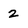
Character: z